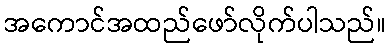
အကောင်အထည်ဖော်လိုက်ပါသည်။